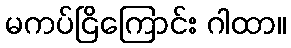
မကပ်ငြိကြောင်း ဂါထာ။